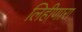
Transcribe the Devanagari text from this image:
लिहीणारा